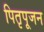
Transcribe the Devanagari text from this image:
पितृपूजन